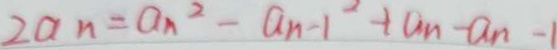
2 a n = a _ { n } ^ { 2 } - a _ { n - 1 } ^ { 2 } + a _ { n } - a _ { n } - 1